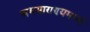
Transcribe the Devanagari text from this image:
अभयाराण्यमध्ये